Lunatic asylums United Provinces 1899-1908 - 1899-1908
Year: 1899
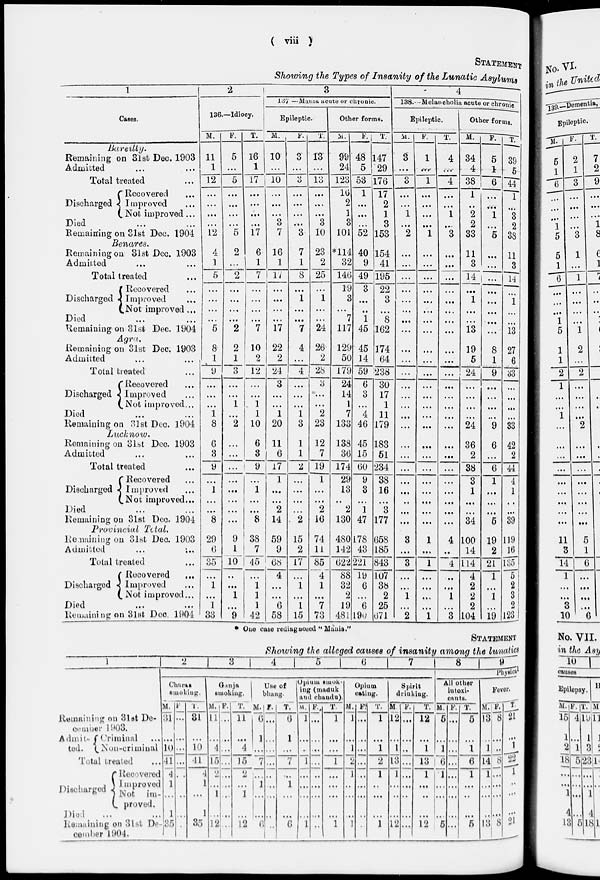
( viii )
STATEMENT
Showing the Types of Insanity of the Lunatic Asylums
1
Cases.
Bareilly.
Remaining on 31st Dec. 1903
Admitted ... ...
Total treated ...
Discharged
Recovered ...
Improved ...
Not improved...
Died ... ...
Remaining on 31st Dec. 1904
Benares.
Remaining on 31st Dec. 1903
Admitted ... ...
Total treated ...
Discharged
Recovered ...
Improved ...
Not improved ...
Died ... ...
Remaining on 31st Dec. 1904
Agra.
Remaining on 31st Dec. 1903
Admitted
...
...
Total treated ...
Discharged
Recovered ...
Improved ...
Not improved...
Died ... ...
Remaining on 31st Dec. 1904
Lucknow.
Remaining on 31st Dec. 1903
Admitted ... ...
Total treated ...
Discharged
Recovered...
Improved...
Not improved ...
Died ... ...
Remaining on 31st Dec. 1904
Provincial
Total.
Remaining on 31st Dec. 1903
Admitted ... ...
Total treated ...
Discharged
Reeovored
...
Improved ...
Not improved...
Died ... ...
Remaining on 3lst Dec. 1904
2
136.—Idiocy
M.
F.
T.
3
l37—Mama acute or chronic.
Epileptic.
M.
F.
T.
Other forms.
M.
F.
T.
4
138.--Melancholia acute or chronic
Epileptic.
M.
F. T.
Other forms.
M.
F.
T.
11
1
12
...
...
...
...
12
5
...
5
...
...
...
...
5
16
1
17
...
...
...
...
17
10
...
10
...
...
...
3
7
3
...
3
...
...
...
...
3
13
...
13
...
...
...
3
10
99
24
123
10
2
1
3
101
48
5
53
1
...
...
...
52
147
29
176
17
2
1
3
153
3
...
3
...
...
1
...
2
1
...
1
...
...
...
...
1
4
...
4
...
...
1
...
3
34
4
38
1
..
2
2
33
5
1
6
...
...
1
...
5
39
5
44
1
...
3
2
38
4
1
5
...
...
...
...
5
2
... 2
...
...
...
...
2
6
1
7
...
...
...
...
7
16
1
17
...
...
...
...
17
7
1
8
...
1
...
...
7
23
2
25
...
1
...
...
24
*114
32
146
19
3
...
7
117
40
9
49
3
...
...
1
45
154
41
195
22
3
...
8
162
...
...
...
...
...
...
...
...
...
...
...
...
...
...
...
...
...
...
...
...
...
...
...
...
11
3
14
...
1
...
...
13
...
...
...
...
...
...
...
...
11
3
14
...
1
...
...
13
8
1
9
...
...
...
1
8
2
1
3
...
...
1
...
2
10
2
12
...
...
1
1
10
22
2
24
3
...
...
1
20
4
...
4
...
...
...
1
3
26
2
28
3
...
...
2
23
129
50
179
24
14
1
7
133
45
14
59
6
3
...
4
46
174
64
238
30
17
1
11
179
...
...
...
...
...
...
...
...
...
...
...
...
...
...
...
...
...
...
...
...
...
...
...
...
19
5
24
...
...
...
...
24
8
1
9
...
...
...
...
9
27
6
33
...
...
...
...
33
6
3
9
...
1
...
...
8
29
6
35
...
1
...
1
33
...
...
...
...
...
...
...
...
9
1
10
...
...
1
...
9
6
3
9
...
1
...
...
8
38
7
45
...
1
1
1
42
11
6
17
1
...
...
2
14
59
9
68
4
...
...
6
58
1
1
2
...
...
...
...
2
15
2
17
...
1
...
1
15
12
7
19
1
...
...
2
16
74
11
85
4
1
...
7
73
138
36
174
29
13
...
2
130
480
142
622
88
32
2
19
481
45
15
60
9
3
...
1
47
178
43
221
19
6
...
6
190
183
51
234
38
16
...
3
177
658
185
843
107
38
2
25
671
...
...
...
...
...
..
...
...
3
...
3
...
...
1
...
2
...
...
...
...
...
...
...
...
1
...
1
...
...
...
...
1
...
...
...
...
...
...
...
...
4
...
...
...
...
1
...
3
36
2
38
3
1
...
...
34
100
14
114
4
2
2
2
104
6
...
6
1
...
...
...
5
19
2
21
1
...
1
...
19
42
2
44
4
1
...
...
39
119
16
135
5
2
3
2
123
* One case redaignosed " Mania."
STATEMENT
Showing the alleged causes of insanity among the lunatics
1
Remaining on 3lst De-
cember 1903.
Admit¬
ted.
Criminal ...
Non-criminal
Total treated ...
Discharged
Recovered
Improved
Not im¬
proved.
Died ... ...
Remaining on 31st De¬
cember 1904.
2
3
4
5
6
7
8
9
Physical
Charas
smoking.
M.
31
...
10
41
4
1
...
1
35
F.
...
...
...
...
...
...
...
...
...
T.
31
...
10
41
4
1
...
1
35
Ganja
smoking.
M.
11
...
4
15
2
...
1
...
12
F.
...
...
...
...
...
...
...
...
...
T.
11
...
4
15
2
...
1
...
12
Use of
bhang.
M.
6
1
...
7
...
1
...
...
6
F.
...
...
...
...
...
..
...
...
...
T.
6
1
...
7
...
1
...
...
6
Opium smok-
ing (maduk
and chandu).
M.
1
...
...
1
...
...
...
...
1
F.
...
...
...
...
...
...
...
...
...
T.
1
...
...
1
...
...
...
...
1
Opium
eating.
M.
1
...
1
2
1
...
...
...
1
F.
...
...
...
...
...
...
...
...
...
T.
1
...
1
2
1
...
...
...
1
Spirit
drinking.
M
12
...
1
13
1
...
...
...
12
F.
...
...
..
...
...
...
...
...
...
T.
12
...
1
13
1
...
...
...
12
All other
intoxi-
cants.
M.
5
...
1
6
1
...
...
...
5
F.
...
...
...
...
...
...
...
...
...
T.
5
...
1
6
1
...
...
...
5
Fever.
M.
13
...
1
14
1
...
...
...
13
F.
8
...
...
8
...
...
...
...
8
T.
21
...
1
22
1
...
...
...
21